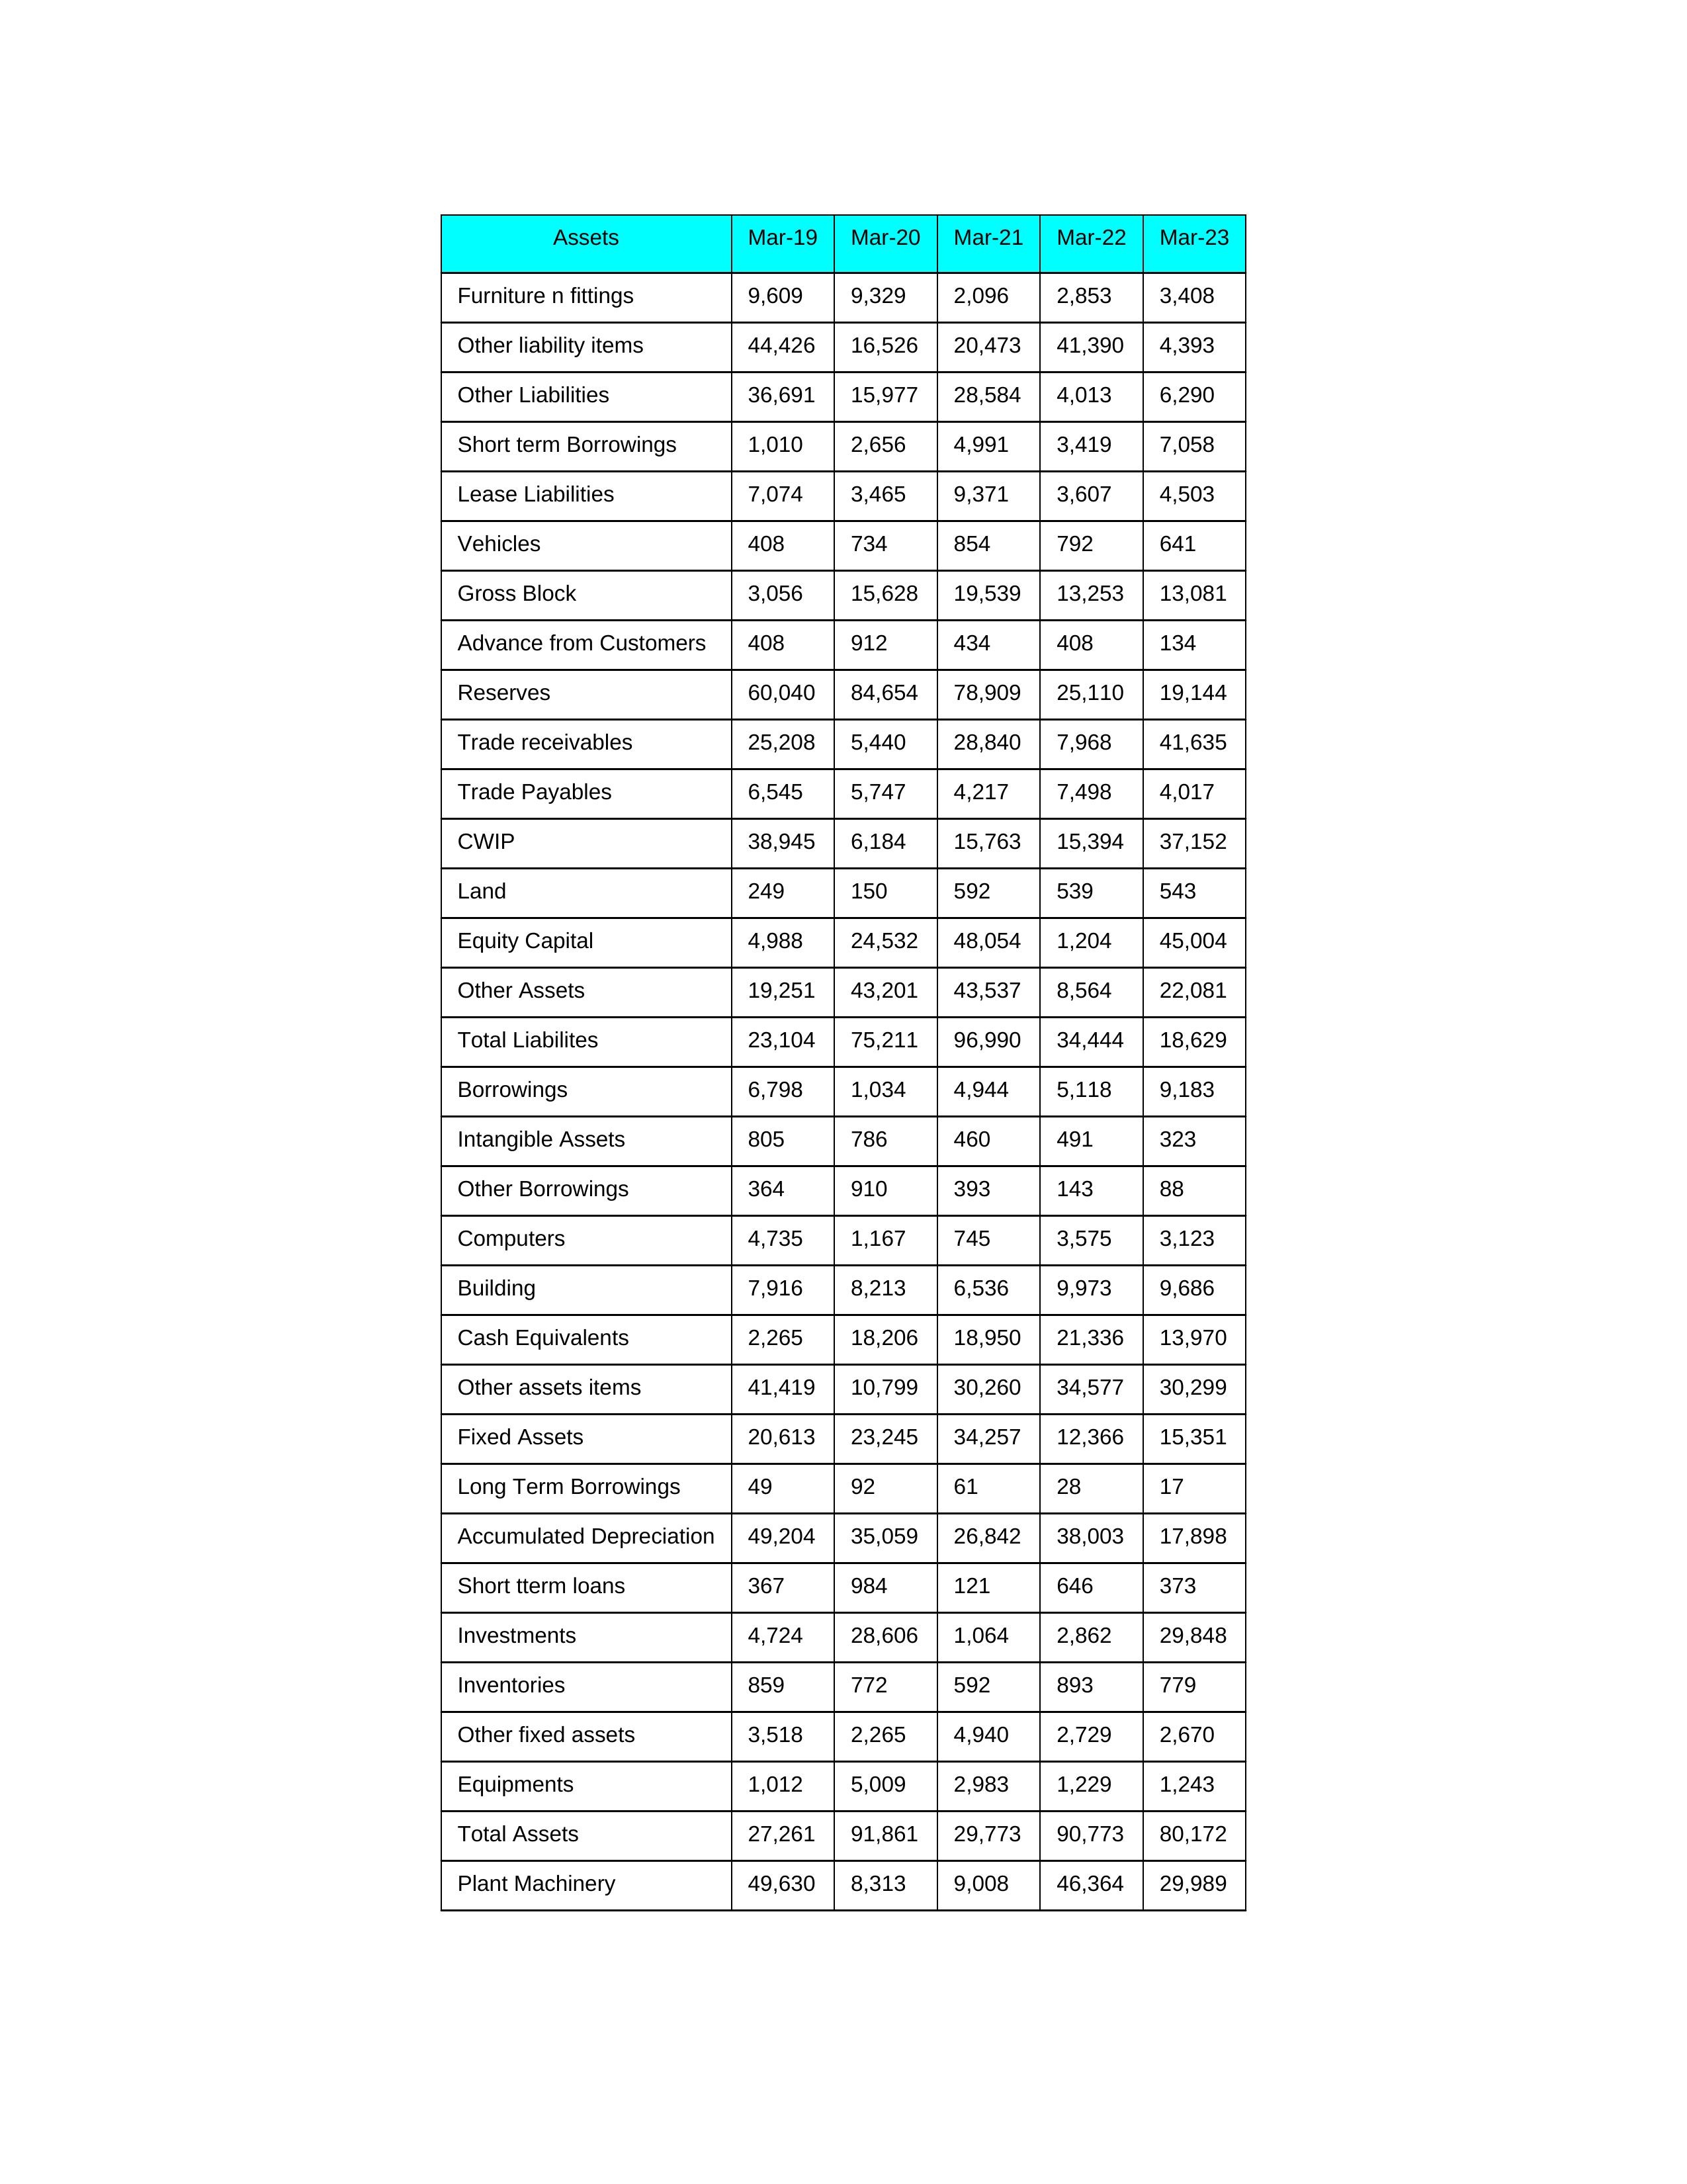
gt_parse: Mar-19: Equity Capital: 4,988
Reserves: 60,040
Borrowings: 6,798
Long Term Borrowings: 49
Short term Borrowings: 1,010
Lease Liabilities: 7,074
Other Borrowings: 364
Other Liabilities: 36,691
Trade Payables: 6,545
Advance from Customers: 408
Other liability items: 44,426
Total Liabilites: 23,104
Fixed Assets: 20,613
Land: 249
Building: 7,916
Plant Machinery: 49,630
Equipments: 1,012
Computers: 4,735
Furniture n fittings: 9,609
Vehicles: 408
Intangible Assets: 805
Other fixed assets: 3,518
Gross Block: 3,056
Accumulated Depreciation: 49,204
CWIP: 38,945
Investments: 4,724
Other Assets: 19,251
Inventories: 859
Trade receivables: 25,208
Cash Equivalents: 2,265
Short tterm loans: 367
Other assets items: 41,419
Total Assets: 27,261
Mar-20: Equity Capital: 24,532
Reserves: 84,654
Borrowings: 1,034
Long Term Borrowings: 92
Short term Borrowings: 2,656
Lease Liabilities: 3,465
Other Borrowings: 910
Other Liabilities: 15,977
Trade Payables: 5,747
Advance from Customers: 912
Other liability items: 16,526
Total Liabilites: 75,211
Fixed Assets: 23,245
Land: 150
Building: 8,213
Plant Machinery: 8,313
Equipments: 5,009
Computers: 1,167
Furniture n fittings: 9,329
Vehicles: 734
Intangible Assets: 786
Other fixed assets: 2,265
Gross Block: 15,628
Accumulated Depreciation: 35,059
CWIP: 6,184
Investments: 28,606
Other Assets: 43,201
Inventories: 772
Trade receivables: 5,440
Cash Equivalents: 18,206
Short tterm loans: 984
Other assets items: 10,799
Total Assets: 91,861
Mar-21: Equity Capital: 48,054
Reserves: 78,909
Borrowings: 4,944
Long Term Borrowings: 61
Short term Borrowings: 4,991
Lease Liabilities: 9,371
Other Borrowings: 393
Other Liabilities: 28,584
Trade Payables: 4,217
Advance from Customers: 434
Other liability items: 20,473
Total Liabilites: 96,990
Fixed Assets: 34,257
Land: 592
Building: 6,536
Plant Machinery: 9,008
Equipments: 2,983
Computers: 745
Furniture n fittings: 2,096
Vehicles: 854
Intangible Assets: 460
Other fixed assets: 4,940
Gross Block: 19,539
Accumulated Depreciation: 26,842
CWIP: 15,763
Investments: 1,064
Other Assets: 43,537
Inventories: 592
Trade receivables: 28,840
Cash Equivalents: 18,950
Short tterm loans: 121
Other assets items: 30,260
Total Assets: 29,773
Mar-22: Equity Capital: 1,204
Reserves: 25,110
Borrowings: 5,118
Long Term Borrowings: 28
Short term Borrowings: 3,419
Lease Liabilities: 3,607
Other Borrowings: 143
Other Liabilities: 4,013
Trade Payables: 7,498
Advance from Customers: 408
Other liability items: 41,390
Total Liabilites: 34,444
Fixed Assets: 12,366
Land: 539
Building: 9,973
Plant Machinery: 46,364
Equipments: 1,229
Computers: 3,575
Furniture n fittings: 2,853
Vehicles: 792
Intangible Assets: 491
Other fixed assets: 2,729
Gross Block: 13,253
Accumulated Depreciation: 38,003
CWIP: 15,394
Investments: 2,862
Other Assets: 8,564
Inventories: 893
Trade receivables: 7,968
Cash Equivalents: 21,336
Short tterm loans: 646
Other assets items: 34,577
Total Assets: 90,773
Mar-23: Equity Capital: 45,004
Reserves: 19,144
Borrowings: 9,183
Long Term Borrowings: 17
Short term Borrowings: 7,058
Lease Liabilities: 4,503
Other Borrowings: 88
Other Liabilities: 6,290
Trade Payables: 4,017
Advance from Customers: 134
Other liability items: 4,393
Total Liabilites: 18,629
Fixed Assets: 15,351
Land: 543
Building: 9,686
Plant Machinery: 29,989
Equipments: 1,243
Computers: 3,123
Furniture n fittings: 3,408
Vehicles: 641
Intangible Assets: 323
Other fixed assets: 2,670
Gross Block: 13,081
Accumulated Depreciation: 17,898
CWIP: 37,152
Investments: 29,848
Other Assets: 22,081
Inventories: 779
Trade receivables: 41,635
Cash Equivalents: 13,970
Short tterm loans: 373
Other assets items: 30,299
Total Assets: 80,172